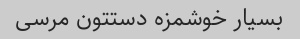
بسیار خوشمزه دستتون مرسی